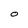
Character: O